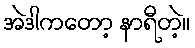
အဲဒါကတော့ နာရီတဲ့။